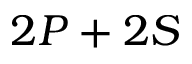
2 P + 2 S